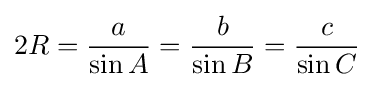
2R={\frac {a}{\sin A}}={\frac {b}{\sin B}}={\frac {c}{\sin C}}